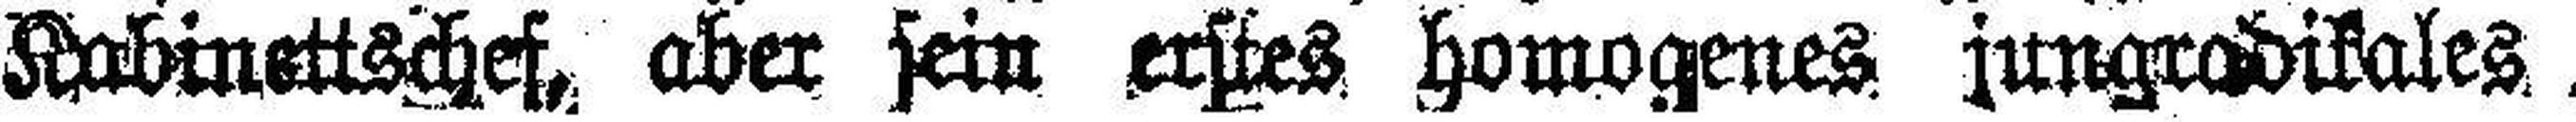
Kabinettschef, aber sein erstes homogenes jungradikales